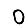
Digit: 0